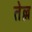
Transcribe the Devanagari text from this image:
तेल्ल